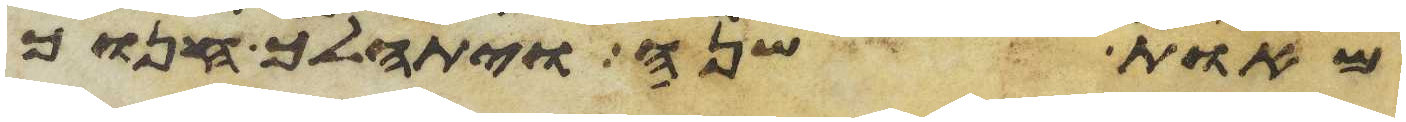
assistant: מאות שנה ויתהלך חנוך